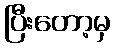
ပြီးတော့မှ